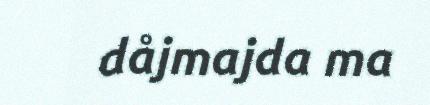
dåjmajda ma